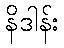
နိဒါန်း